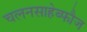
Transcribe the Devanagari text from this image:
चलनसाहेब्फौज